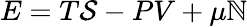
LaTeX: E=T\mathcal{S}-PV+\mu\mathbb{N}